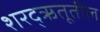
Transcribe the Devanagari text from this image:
शरद्‌ऋतूतील